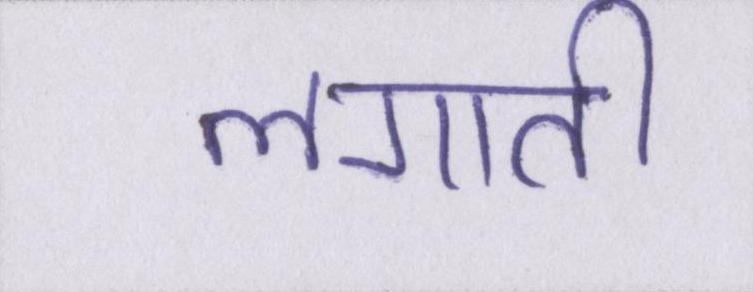
लगाती